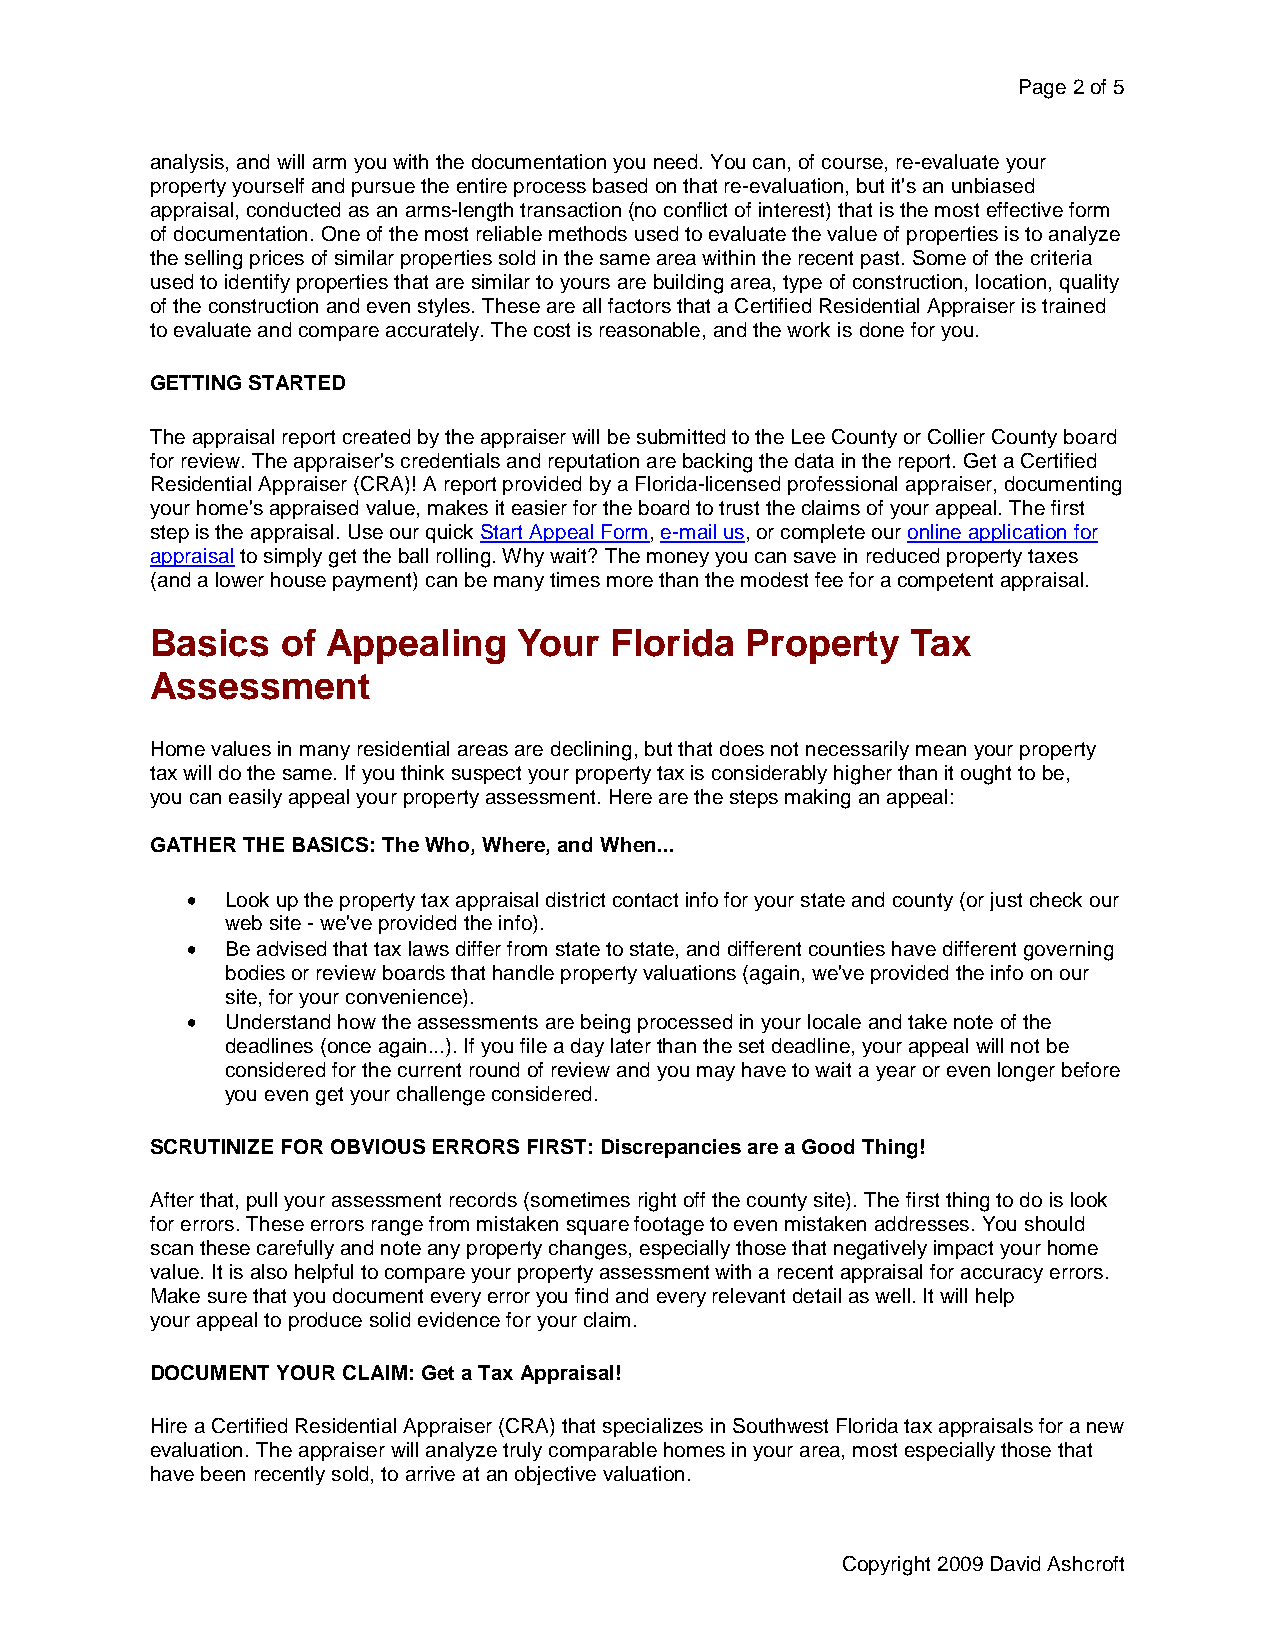
Page 2 of 5
 analysis, and will arm you with the documentation you need. You can, of course, re-evaluate your
 property yourself and pursue the entire process based on that re-evaluation, but it's an unbiased
 appraisal, conducted as an arms-length transaction (no conflict of interest) that is the most effective form
 of documentation. One of the most reliable methods used to evaluate the value of properties is to analyze
 the selling prices of similar properties sold in the same area within the recent past. Some of the criteria
 used to identify properties that are similar to yours are building area, type of construction, location, quality
 of the construction and even styles. These are all factors that a Certified Residential Appraiser is trained
 to evaluate and compare accurately. The cost is reasonable, and the work is done for you.
 GETTING STARTED
 The appraisal report created by the appraiser will be submitted to the Lee County or Collier County board
 for review. The appraiser's credentials and reputation are backing the data in the report. Get a Certified
 Residential Appraiser (CRA)! A report provided by a Florida-licensed professional appraiser, documenting
 your home's appraised value, makes it easier for the board to trust the claims of your appeal. The first
 step is the appraisal. Use our quick Start Appeal Form, e-mail us, or complete our online application for
 appraisal to simply get the ball rolling. Why wait? The money you can save in reduced property taxes
 (and a lower house payment) can be many times more than the modest fee for a competent appraisal.
 Basics   of Appealing   Your  Florida  Property   Tax
 Assessment
 Home values in many residential areas are declining, but that does not necessarily mean your property
 tax will do the same. If you think suspect your property tax is considerably higher than it ought to be,
 you can easily appeal your property assessment. Here are the steps making an appeal:
 GATHER THE BASICS: The Who, Where, and When...
 •  Look up the property tax appraisal district contact info for your state and county (or just check our
 web site - we've provided the info).
 •  Be advised that tax laws differ from state to state, and different counties have different governing
 bodies or review boards that handle property valuations (again, we've provided the info on our
 site, for your convenience).
 •  Understand how the assessments are being processed in your locale and take note of the
 deadlines (once again...). If you file a day later than the set deadline, your appeal will not be
 considered for the current round of review and you may have to wait a year or even longer before
 you even get your challenge considered.
 SCRUTINIZE FOR OBVIOUS ERRORS FIRST: Discrepancies are a Good Thing!
 After that, pull your assessment records (sometimes right off the county site). The first thing to do is look
 for errors. These errors range from mistaken square footage to even mistaken addresses. You should
 scan these carefully and note any property changes, especially those that negatively impact your home
 value. It is also helpful to compare your property assessment with a recent appraisal for accuracy errors.
 Make sure that you document every error you find and every relevant detail as well. It will help
 your appeal to produce solid evidence for your claim.
 DOCUMENT YOUR CLAIM: Get a Tax Appraisal!
 Hire a Certified Residential Appraiser (CRA) that specializes in Southwest Florida tax appraisals for a new
 evaluation. The appraiser will analyze truly comparable homes in your area, most especially those that
 have been recently sold, to arrive at an objective valuation.
 Copyright 2009 David Ashcroft